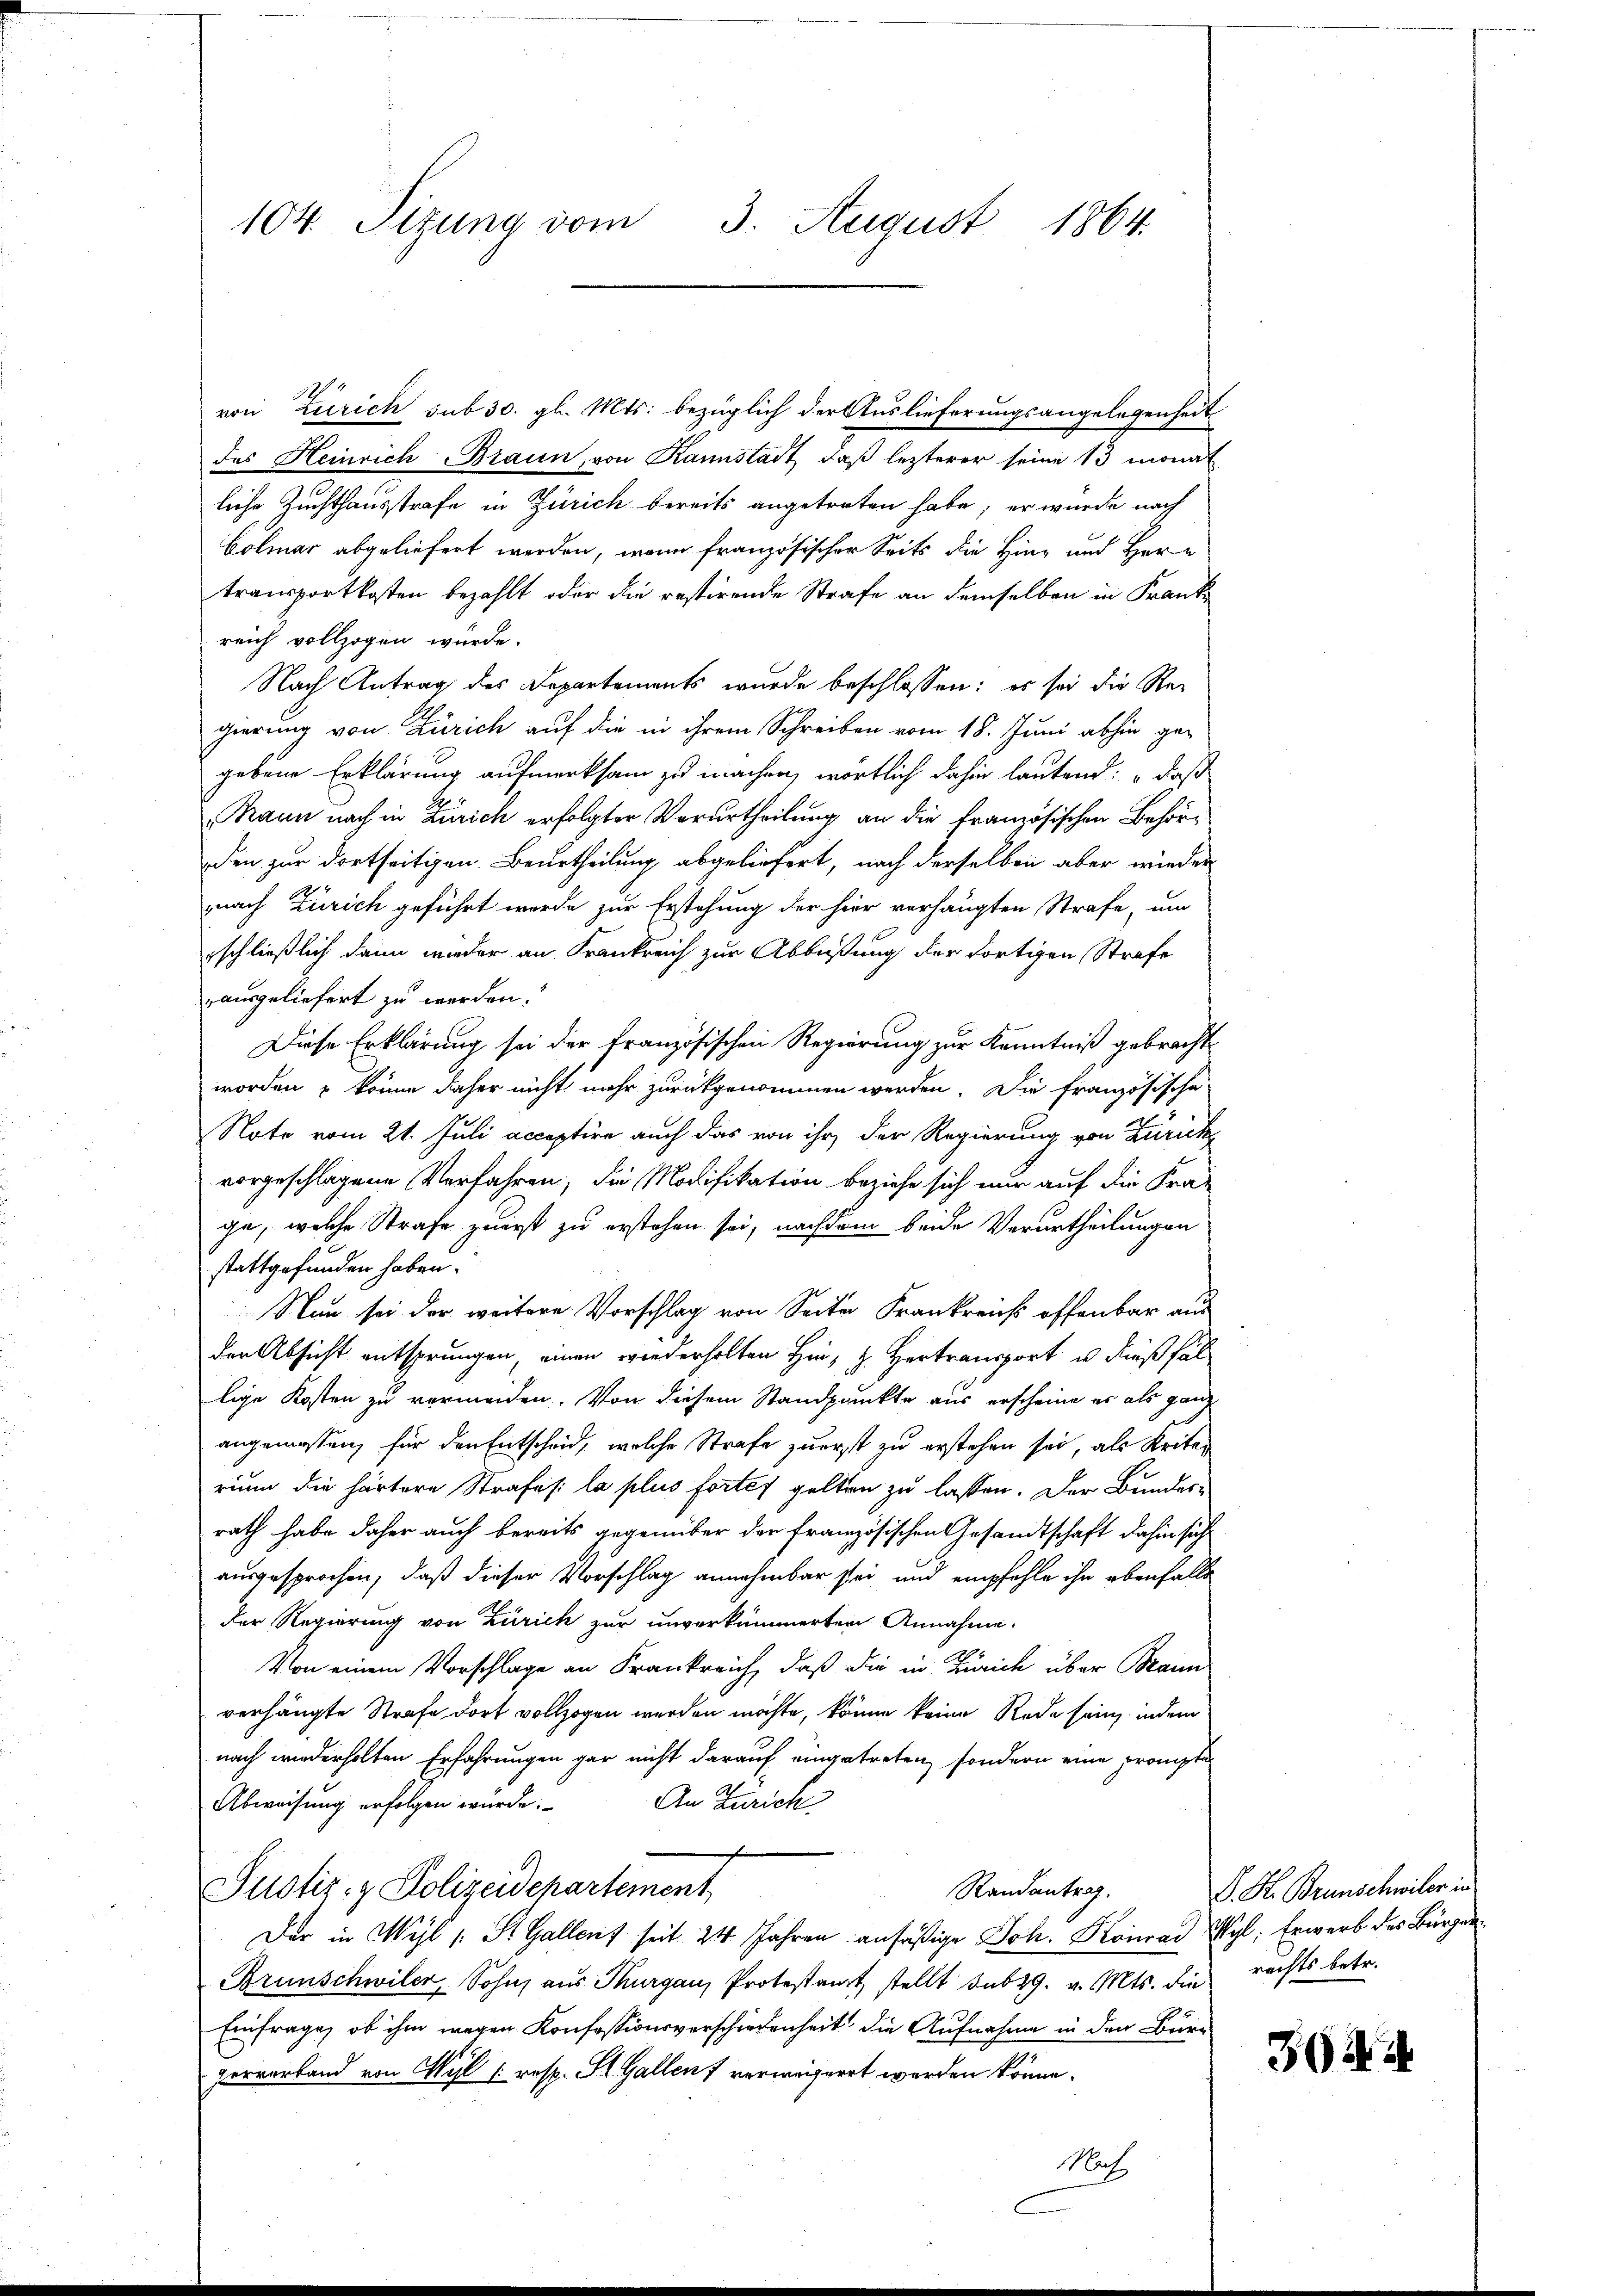
104. Sizung vom 3. August 1864.

3
von Zürich sub 30. gl. Mts. bezüglich der Auslieferungsangelegenheit
des Heinrich Braun, von Kannstadt, daß lezterer seine 13 monat
liche Zuchthausstrafe in Zürich bereits angetreten habe; er wurde nach
Cölmar abgeliefert werden, wenn französischer Seits die Hinz und Hern
transportkosten bezahlt oder die restirende Strafe an demselben in Frankreich vollzogen würde.
Nach Antrag des Departements wurde beschlossen: es sei die Re-
gierung von Zürich auf die in ihrem Schreiben vom 18. Juni abhin gegebene Erklärung aufmerksam zu machen, wortlich dahin lautend: „daß
Mann nach in Zürich erfolgter Verurtheilung an die französischen Behörden zur dortseitigen Beurtheilung abgeliefert, nach derselben aber wieder
nach Zürich geführt werde zur Erstehung der hier verhängten Strafe, um
schließlich dann wieder an Frankreich zur Abbüßung der dortigen Strafe
ausgeliefert zu werden.
Diese Erklärung sei der französischen Regierung zur Kenntniß gebracht
worden & könne daher nicht mehr zurückgenommen werden. Die französische
Note vom 21. Juli acceptire auch das von ihr der Regierung von Zürich
vorgeschlagene Verfahren, die Modifikation beziehe sich nur auf die Fra-
ge, welche Strafe zuerst zu erstehen sei, nachdem beide Verurtheilungen
stattgefunden haben.
Nun sei der weitere Vorschlag von Seite Frankreichs offenbar aus
der Absicht entsprungen, einen wiederholten hin, z. Hertransport u. dießfäl
lige Kosten zu vermeiden. Von diesem Standpunkte aus erscheine es als ganz
angemessen, für den Entscheid, welche Strafe zuerst zu erstehen sei, als Kriten
rium die härtere Strafes: la plus fortes gelten zu lassen. Der Bundesrath habe daher auch bereits gegenüber der französischen Gesandtschaft dahin sich
ausgesprochen, daß dieser Vorschlag annehmbar sei und empfehle ihn ebenfalls
der Regierung von Zürich zur unverkümmerten Annahme.
Von einem Vorschlage an Frankreich, daß die in Zürich über Brann
verhängte Strafe dort vollzogen werden möchte, könne keine Rede sein, indem
nach wiederholten Erfahrungen gar nicht darauf eingetreten, sondern eine prompte
An Zürich.
Abweisung erfolgen würde.
Justiz- & Polizeidepartement,
Randantrag.
Der in Wyl 1 St. Gallent seit 24 Jahren anfäßige Joh. Konrad Wyl, Erwerb des Bürger¬
Brunschwiler, Sohn aus Thurgau, Protestanzt stellt sub 29. v. Mts. die rechts betr.
Einfrage, ob ihm wegen Konfessionsverschiedenheit die Aufnahme in den Bürperverband von Wyl (resp. St. Gallen verweigert werden könne.
Nach

S. H. Brunschwiler in

3644